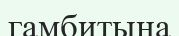
гамбитына